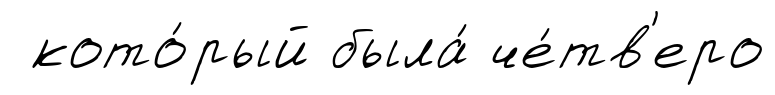
кото́рый была́ че́тв'еро